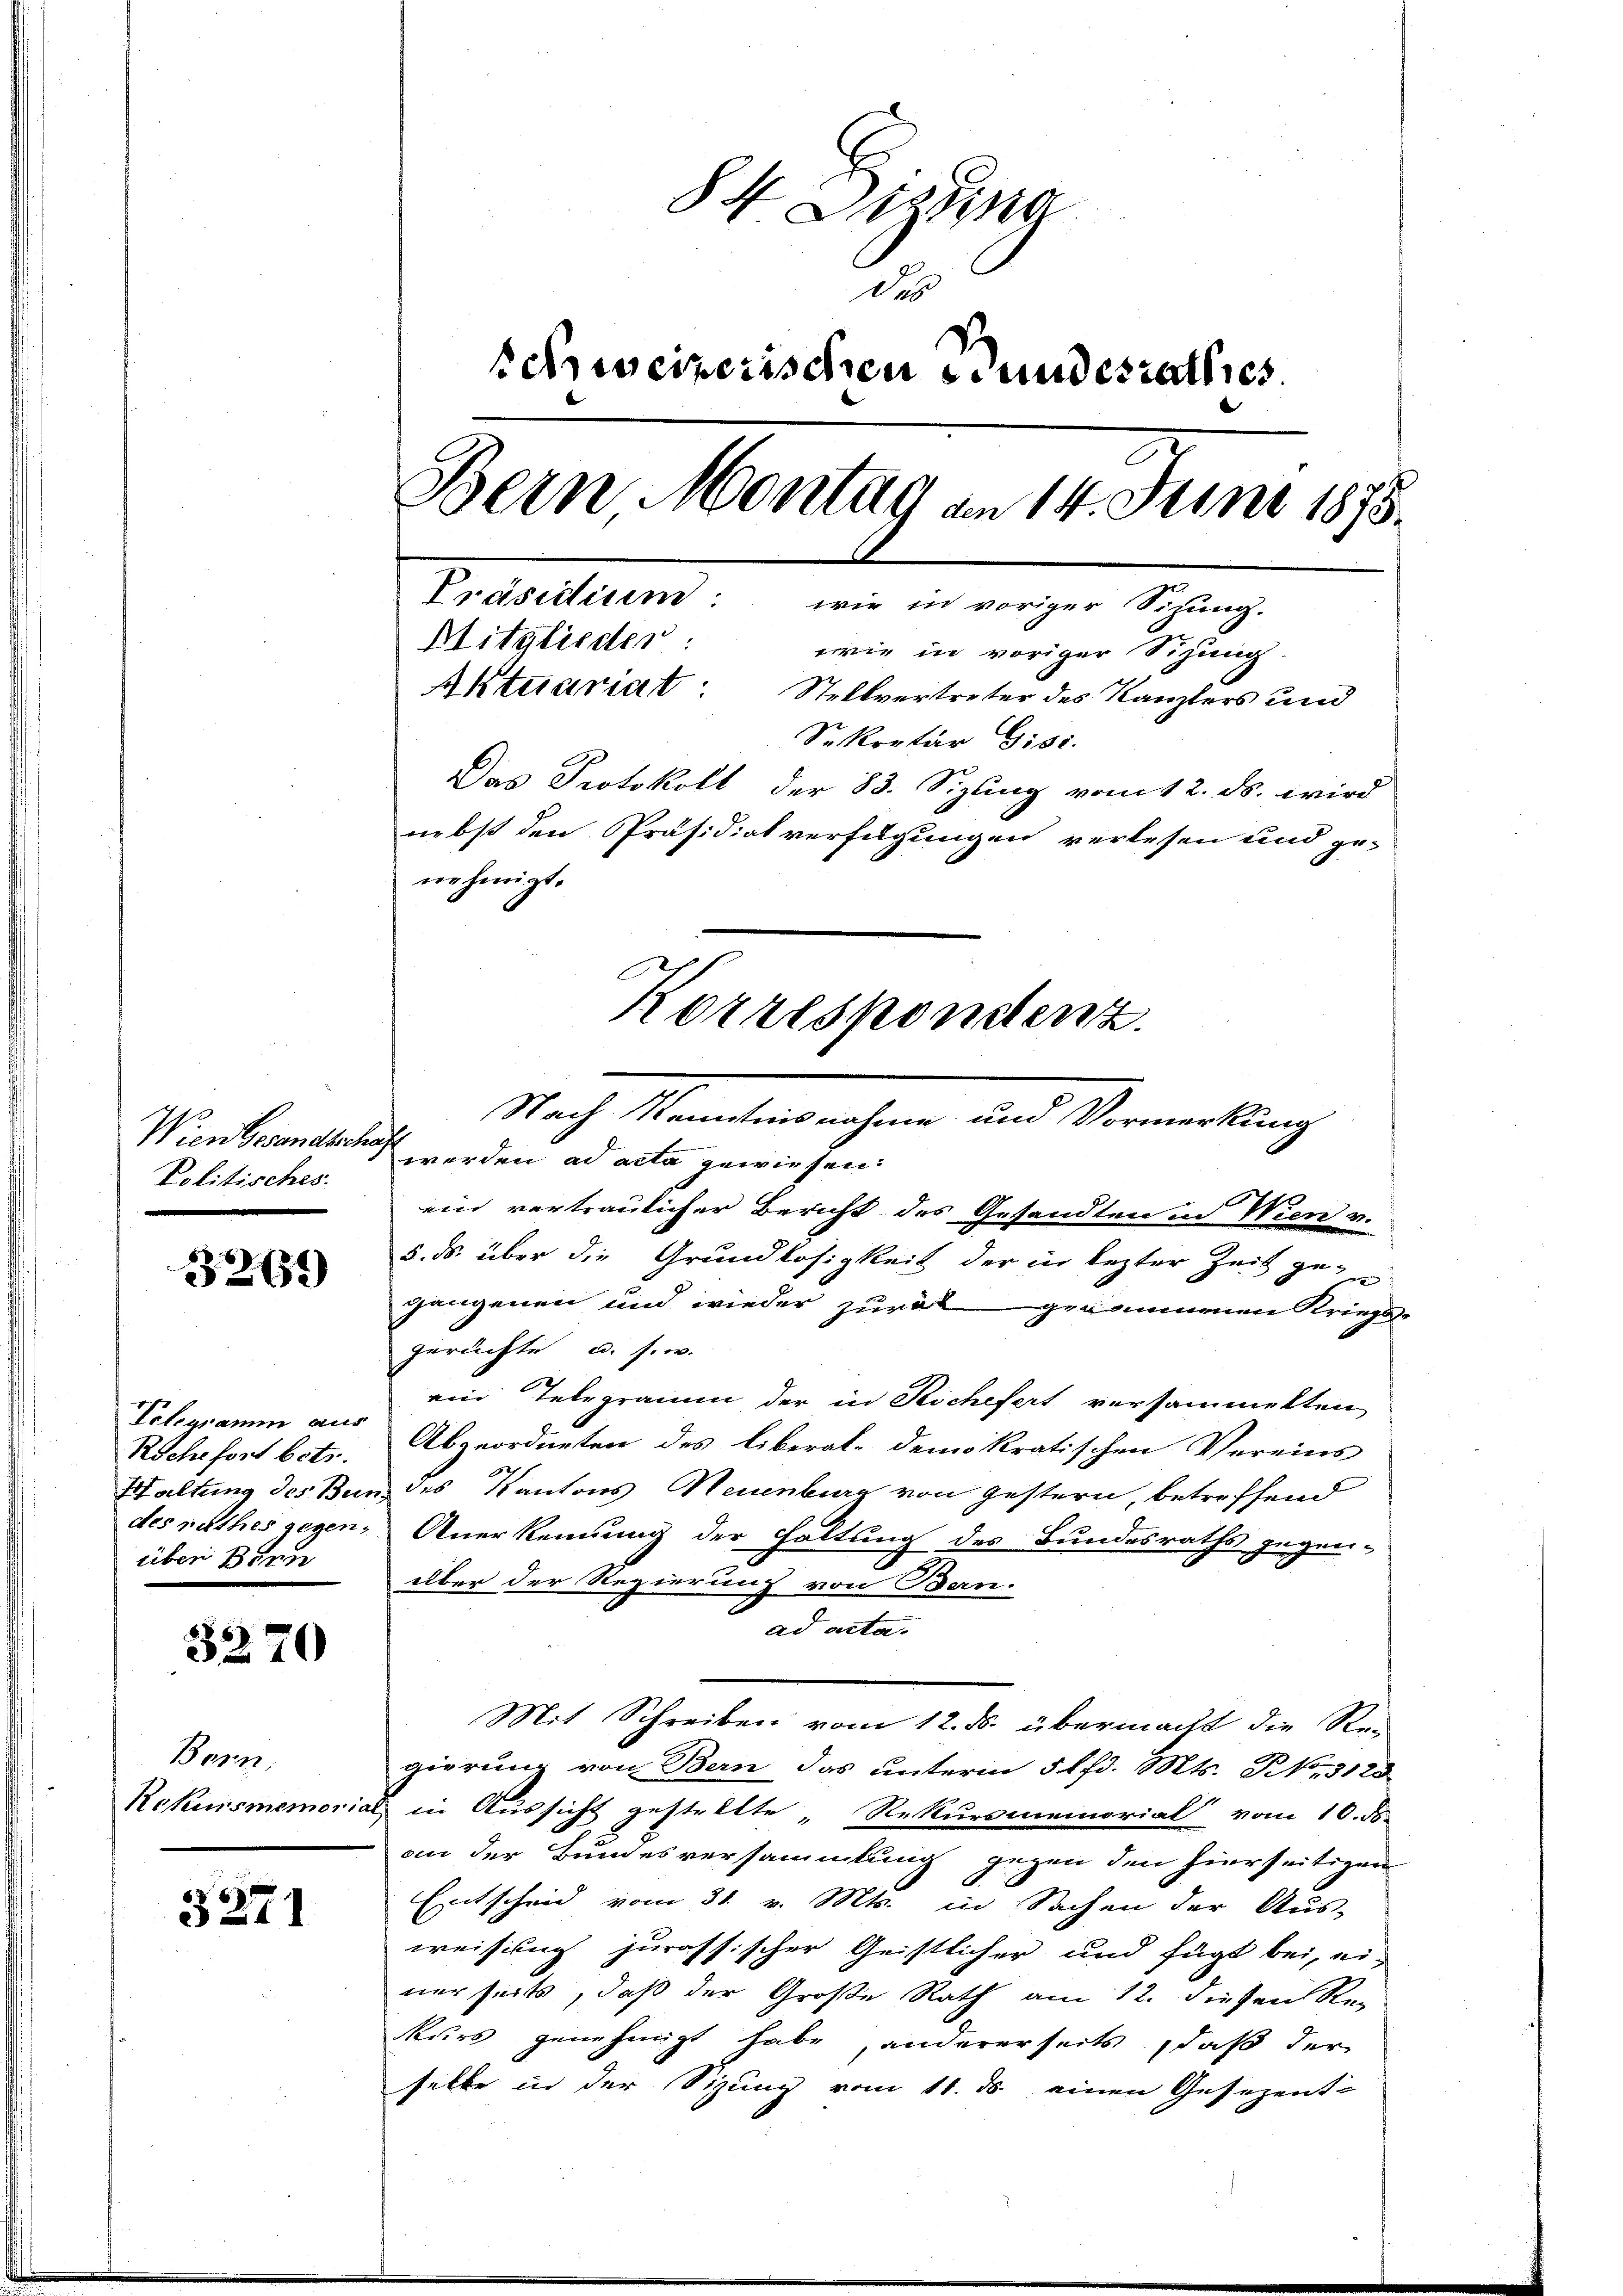
Wien Gesandtsch
Politisches.

3269

Telegramm aus
Rchefort betr.
Haltung des Ber
desrathes gegen.
über Benn

3270

Bern,
Rekursmemoria

§271

84 Dikta
Des
schweizerischen Bundesrathes.
Bern Montag an 14. Juni 1878.
Präsidium: wie in voriger Sitzung.
Mitglieder:
wie in voriger Sizung.
Aktuariat: Stellvertreter des Kanzlers und
Sekretär Gisi
Das Protokoll der 83. Sizling vom 12. ds. wird
nebst den Präsidialverfügungen verlesen und ge-
nehmigt.

werden ad acta gewiesen.
ein vertraulicher Bericht des Gesandten in Wien v.
5. ds. über die Grundlosigkeit der in lezter Zeit gegangenen und wieder zurück genommenen Kriegs¬
Geruchte u. s. w.
ein Telegramm der in Beschefert versammelten
Abgeordneten des liberal-demokratischen Vereins
 des Kantons Neuenburg von gestern, betreffend
Anerkennung der Haltung des Bundesraths gegen-
über der Regierung von Bern.
ad acta.
Mit Schreiben vom 12. ds. übermacht die Re-
gierung von Bern das unterm 5 lfd. Mts. No. 3120
in Aussicht gestellte „Rekursmemorial vom 16. ds.
oin der Bundesversammlung gegen den hierseitigen
Entscheid vom 31. v. Mts. in Sachen der Aus-
weisung jurassischer Geistlicher und fügt bei, ei-
nerseits, daß der Große Rath am 12. diesen Re-
kurs genehmigt habe andererseits, daß der
selbe in der Sitzung vom 11. ds einen Gesezent-

Korrespondenz.
Nach Kenntnisnahme und Vormerkung
f